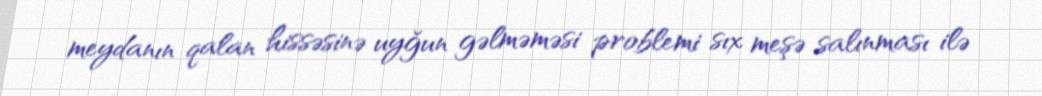
meydanın qalan hissəsinə uyğun gəlməməsi problemi sıx meşə salınması ilə